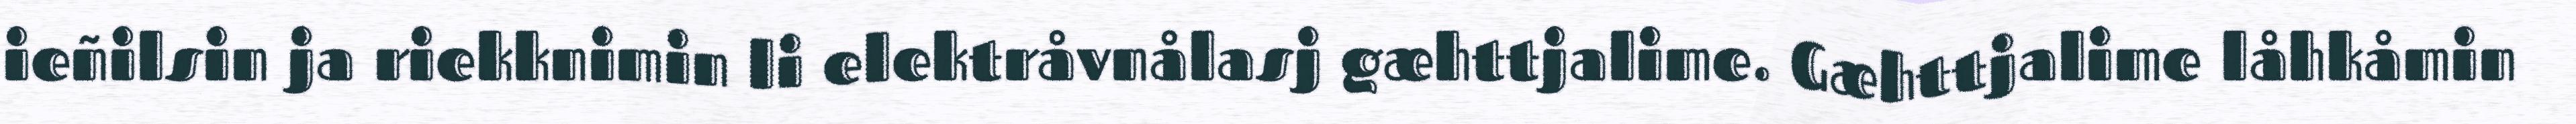
ieñilsin ja riekknimin li elektråvnålasj gæhttjalime. Gæhttjalime låhkåmin